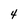
Character: 4